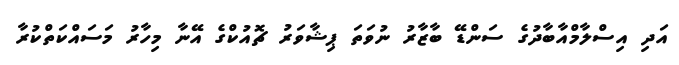
އަދި އިސްލާމްއާބާދުގެ ސަންޑޭ ބާޒާރު ނުވަތަ ޕިޝާވަރު ޗޮއުކްގެ އޭނާ މިހާރު މަސައްކަތްކުރާ